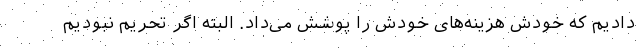
دادیم که خودش هزینه‌های خودش را پوشش می‌داد. البته اگر تحریم نبودیم